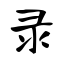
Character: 录